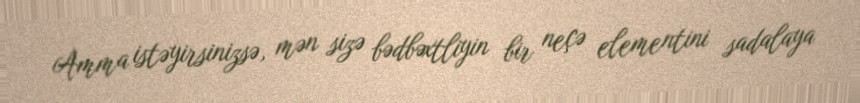
Amma istəyirsinizsə, mən sizə bədbəxtliyin bir neçə elementini sadalaya